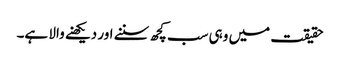
حقیقت میں وہی سب کچھ سننے اور دیکھنے والا ہے۔